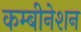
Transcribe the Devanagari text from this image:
कम्बीनेशन